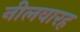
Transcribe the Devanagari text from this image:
नीलवारह